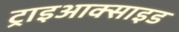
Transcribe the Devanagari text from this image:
ट्राइआक्साइड